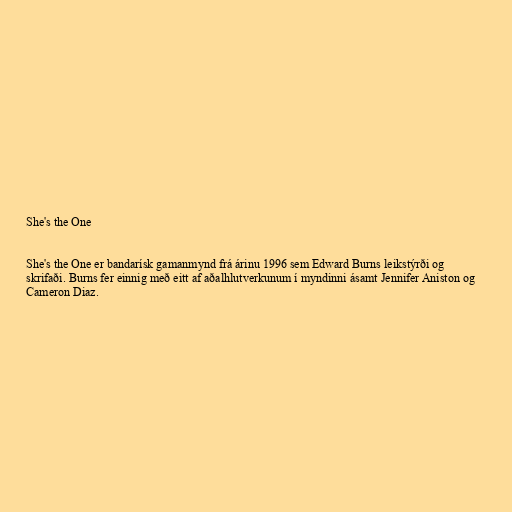
She's the One

She's the One er bandarísk gamanmynd frá árinu 1996 sem Edward Burns leikstýrði og
skrifaði. Burns fer einnig með eitt af aðalhlutverkunum í myndinni ásamt Jennifer Aniston og
Cameron Diaz.